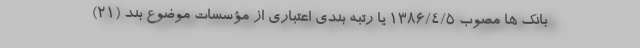
بانک ها مصوب ۱۳۸۶/۴/۵ یا رتبه بندی اعتباری از مؤسسات موضوع بند (۲۱)